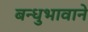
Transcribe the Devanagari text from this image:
बन्धुभावाने